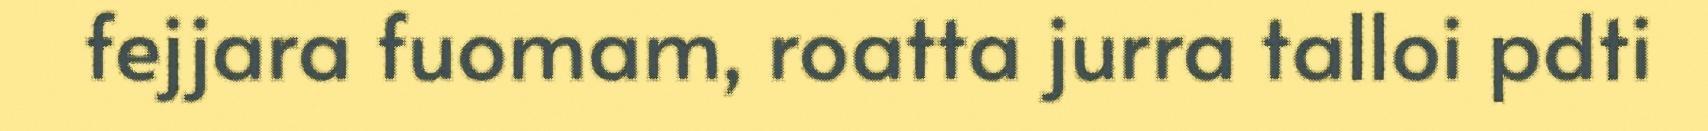
fejjara fuomam, roatta jurra talloi pdti